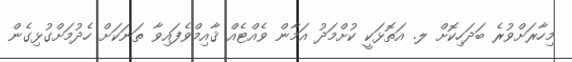
މިހާރަށްވުރެ ބަދަހިކޮށް ލ. އަތޮޅަކީ ކުށްމަދު އަމާން ވެއްޓެއް ޤާއިމްވެފައިވާ ތަނަކަށް ހެދުމަށްގުޅިގެން